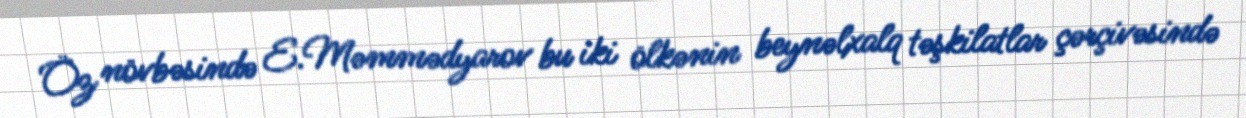
Öz növbəsində E.Məmmədyarov bu iki ölkənin beynəlxalq təşkilatlar çərçivəsində